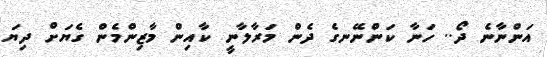
އަންނާނެ ދޯ.. ހަނާ ކަންނޭނގެ ދެން މަރާލާނީ ކާއިން މާޒިންމެން ގެޔަށް ދިޔަ